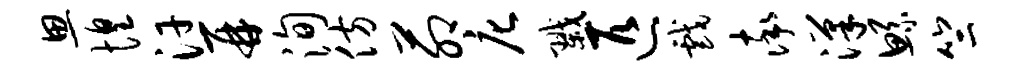
思惶汗再洵仿茆庀戮匹戏率汉鲧竺